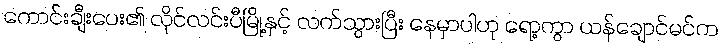
ကောင်းချီးပေး၏ လိုင်လင်းပီမြို့နှင့် လက်သွားပြီး နေမှာပါဟု ရော့ကွာ ယန်ချောင်မင်က